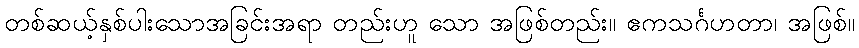
တစ်ဆယ့်နှစ်ပါးသောအခြင်းအရာ တည်းဟူ သော အဖြစ်တည်း။ ဧကသင်္ဂဟတာ၊ အဖြစ်။